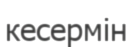
кесермін